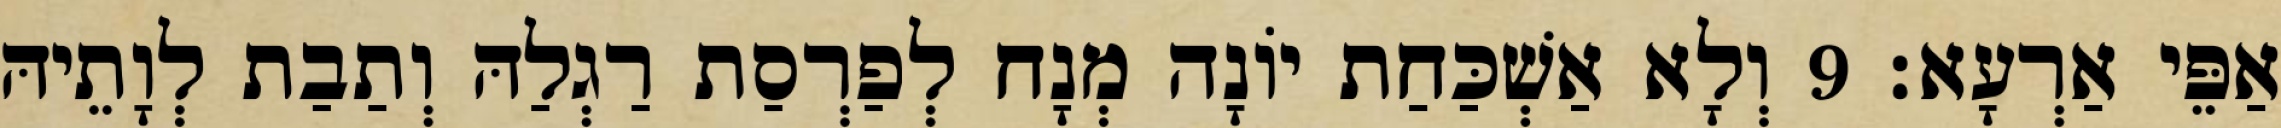
אַפֵּי אַרְעָא׃ 9 וְלָא אַשְׁכַּחַת יוֹנָה מְנָח לְפַרְסַת רַגְלַהּ וְתַבַת לְוָתֵיהּ